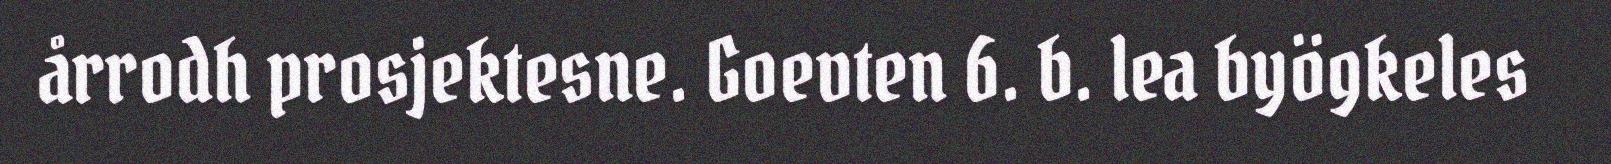
årrodh prosjektesne. Goevten 6. b. lea byögkeles